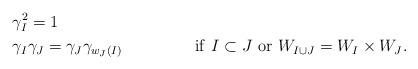
LaTeX: \begin{align*}&\gamma_I^2=1 \\&\gamma_I\gamma_J=\gamma_J\gamma_{w_J(I)}&\mathrm{if}\,\, I\subset J\,\,\mathrm{or} \,\,W_{I\cup J}=W_I\times W_J.\end{align*}